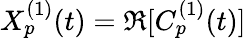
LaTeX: X_{p}^{(1)}(t)=\Re[C_{p}^{(1)}(t)]